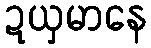
ဍယှမာနေ